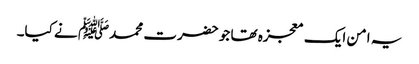
یہ امن ایک معجزہ تھا جو حضرت محمدﷺ نے کیا۔